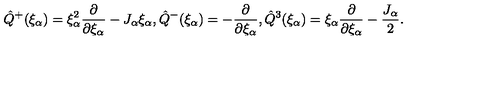
\hat { Q } ^ { + } ( \xi _ { \alpha } ) = \xi _ { \alpha } ^ { 2 } \frac { \partial } { \partial \xi _ { \alpha } } - J _ { \alpha } \xi _ { \alpha } , \hat { Q } ^ { - } ( \xi _ { \alpha } ) = - \frac { \partial } { \partial \xi _ { \alpha } } , \hat { Q } ^ { 3 } ( \xi _ { \alpha } ) = \xi _ { \alpha } \frac { \partial } { \partial \xi _ { \alpha } } - \frac { J _ { \alpha } } { 2 } .